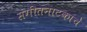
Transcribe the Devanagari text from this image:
संगीतनाटकाचे